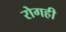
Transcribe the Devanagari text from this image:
रोगही